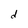
Character: d